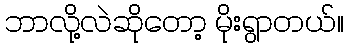
ဘာလို့လဲဆိုတော့ မိုးရွာတယ်။